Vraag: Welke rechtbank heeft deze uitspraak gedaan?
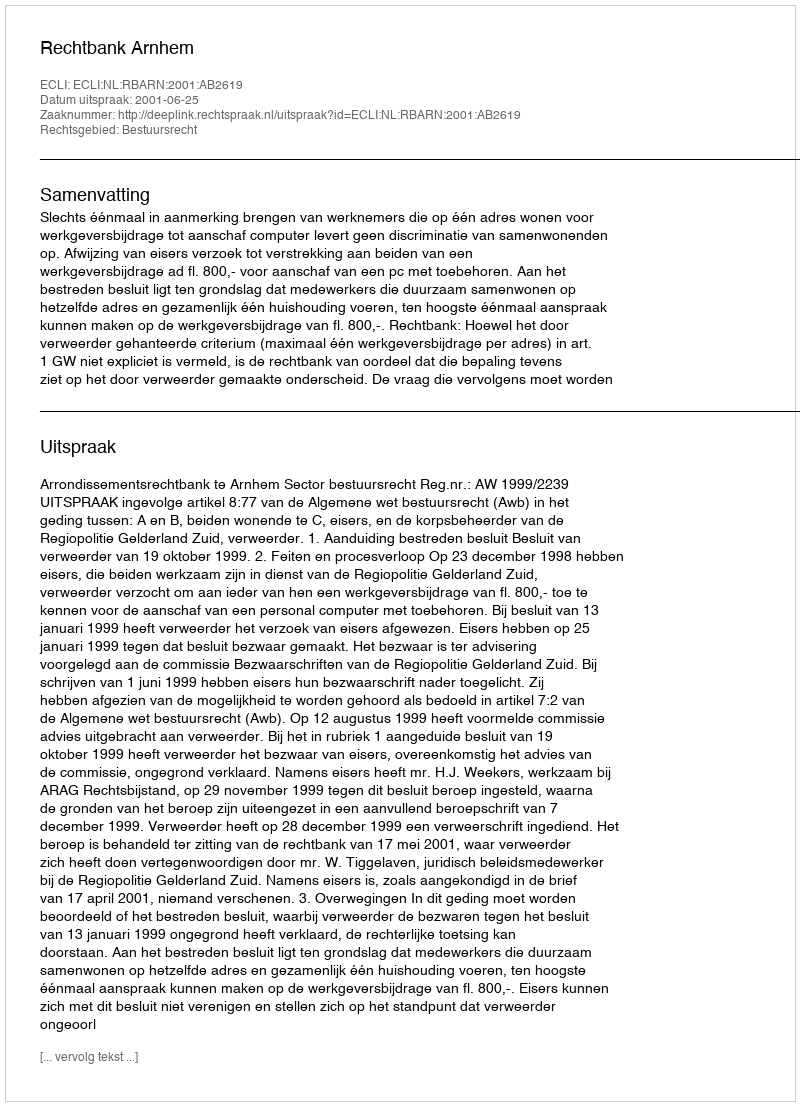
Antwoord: Rechtbank Arnhem